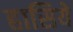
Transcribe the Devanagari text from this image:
हासिये